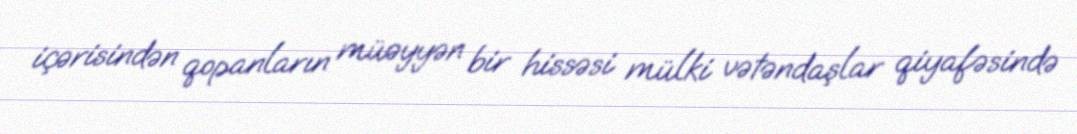
içərisindən qopanların müəyyən bir hissəsi mülki vətəndaşlar qiyafəsində